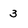
Character: 3